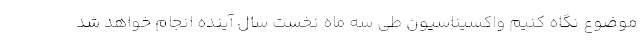
موضوع نگاه کنیم واکسیناسیون طی سه ماه نخست سال آینده انجام خواهد شد